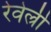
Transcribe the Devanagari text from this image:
रेवेल्री